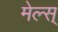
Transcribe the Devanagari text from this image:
मेल्स्